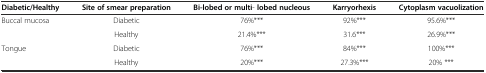
| Diabetic/Healthy | Site of smear preparation | Bi-lobed or multi- lobed nucleous | Karryorhexis | Cytoplasm vacuolization |
 | --- | --- | --- | --- | --- |
 | <ROWSPAN=2> Buccal mucosa | Diabetic | 76%*** | 92%*** | 95.6%*** |
 | Healthy | 21.4%*** | 31.6*** | 26.9%*** |
 | Tongue | Diabetic | 76%*** | 84%*** | 100%*** |
 |  | Healthy | 20%*** | 27.3%*** | 20% *** |